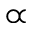
\propto